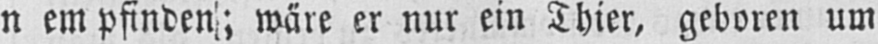
n empfinden; wäre er nur ein Thier, geboren um